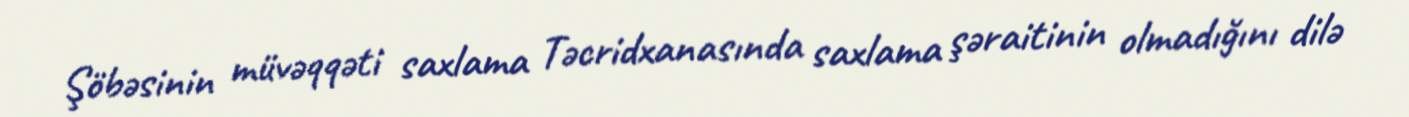
Şöbəsinin müvəqqəti saxlama Təcridxanasında saxlama şəraitinin olmadığını dilə